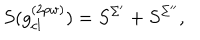
S ( g _ { c l } ^ { ( 2 p w ) } ) = S ^ { \Sigma ^ { \prime } } + S ^ { \Sigma ^ { \prime \prime } } ,